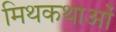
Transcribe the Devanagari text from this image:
मिथकथाओं